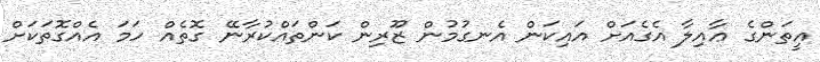
އީތަންގެ ޢާއިލާ އެގެއަށް އައިކަން އެނގުމުން ޒޫރިން ކަންތައްކުރާނޭ ގޮތެއް ހަމަ އެއްގޮތަކަށް